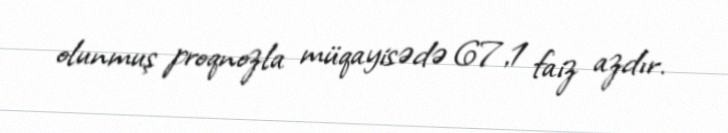
olunmuş proqnozla müqayisədə 67,1 faiz azdır.